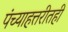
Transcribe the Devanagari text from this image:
पंच्याहत्तरीतही